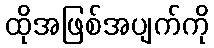
ထိုအဖြစ်အပျက်ကို